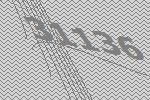
31136